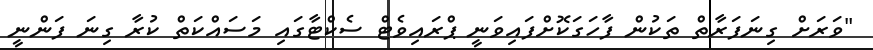
"ވަރަށް ގިނަފަރާތް ތަކުން ފާހަގަކޮށްފައިވަނީ ޕްރައިވެޓް ސެކްޓާގައި މަސައްކަތް ކުރާ ގިނަ ފަންނީ